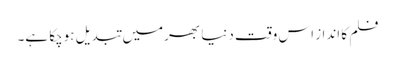
فلم کا انداز اس وقت دنیا بھرمیں تبدیل ہوچکا ہے۔